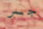
جسر